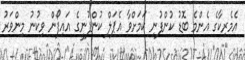
އެމެރިކާގެ އެންމެ ބޮޑު ކުންފުނި ކަމަށްވާ އެޕަލް ކުންފުނީގެ އައިފޯން ވިކުނު މިންވަރު